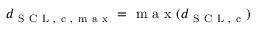
d _ { \mathrm { ~ S ~ C ~ L ~ , ~ c ~ , ~ m ~ a ~ x ~ } } = \mathrm { ~ m ~ a ~ x ~ } ( d _ { \mathrm { ~ S ~ C ~ L ~ , ~ c ~ } } )